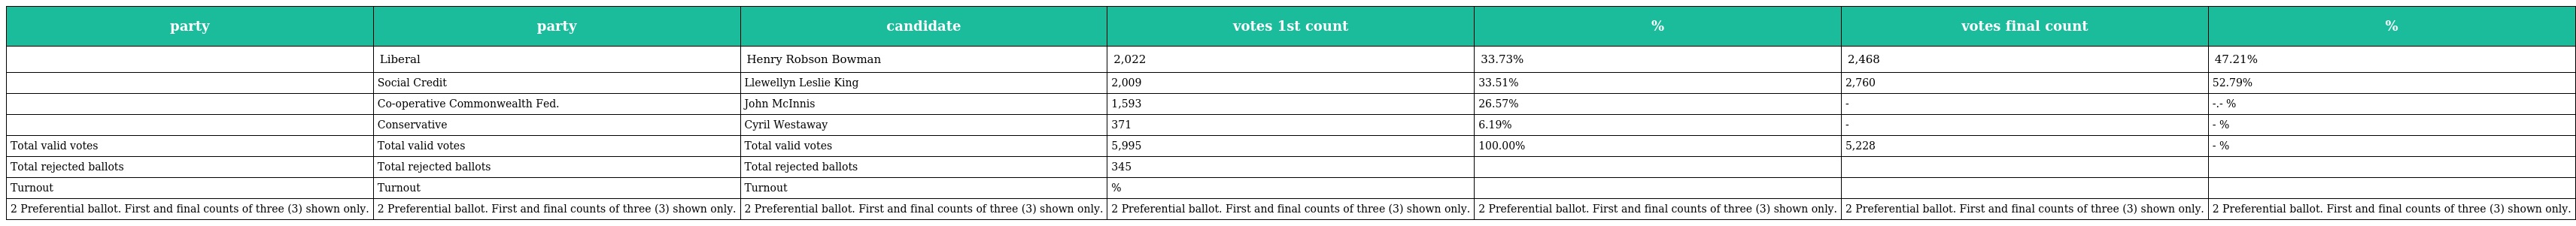
| party | party | candidate | votes 1st count | % | votes final count | % |
 | --- | --- | --- | --- | --- | --- | --- |
 |  | Liberal | Henry Robson Bowman | 2,022 | 33.73% | 2,468 | 47.21% |
 |  | Social Credit | Llewellyn Leslie King | 2,009 | 33.51% | 2,760 | 52.79% |
 |  | Co-operative Commonwealth Fed. | John McInnis | 1,593 | 26.57% | - | -.- % |
 |  | Conservative | Cyril Westaway | 371 | 6.19% | - | - % |
 | Total valid votes | Total valid votes | Total valid votes | 5,995 | 100.00% | 5,228 | - % |
 | Total rejected ballots | Total rejected ballots | Total rejected ballots | 345 |  |  |  |
 | Turnout | Turnout | Turnout | % |  |  |  |
 | 2 Preferential ballot. First and final counts of three (3) shown only. | 2 Preferential ballot. First and final counts of three (3) shown only. | 2 Preferential ballot. First and final counts of three (3) shown only. | 2 Preferential ballot. First and final counts of three (3) shown only. | 2 Preferential ballot. First and final counts of three (3) shown only. | 2 Preferential ballot. First and final counts of three (3) shown only. | 2 Preferential ballot. First and final counts of three (3) shown only. |